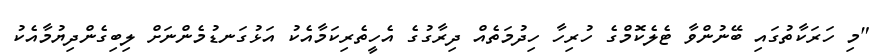
"މި ހަރަކާތުގައި ބޭނުންވާ ޓެލެކޮމްގެ ހުރިހާ ހިދުމަތެއް ދިރާގުގެ އެހީތެރިކަމާއެކު އަޅުގަނޑުމެންނަށް ލިބިގެންދިޔުމާއެކު